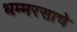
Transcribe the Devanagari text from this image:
धम्मरसाचे